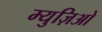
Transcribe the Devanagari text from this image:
म्युज़िओ